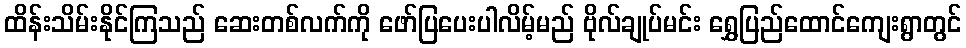
ထိန်းသိမ်းနိုင်ကြသည် ဆေးတစ်လက်ကို ဖော်ပြပေးပါလိမ့်မည် ဗိုလ်ချုပ်မင်း ရွှေပြည်ထောင်ကျေးရွာတွင်